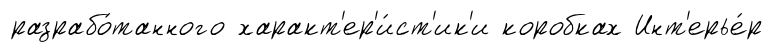
разрабо́танного характ'ер'и́ст'ик'и коробках Инт'ерье́р